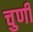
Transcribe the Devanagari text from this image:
चुणी